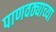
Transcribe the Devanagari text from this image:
पाणवठ्याच्‍या